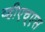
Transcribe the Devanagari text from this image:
व्हीएच्‌एस